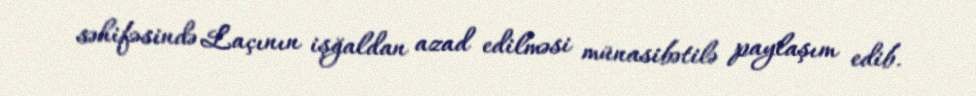
səhifəsində Laçının işğaldan azad edilməsi münasibətilə paylaşım edib.